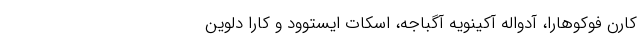
کارن فوکوهارا، آدواله آکینویه آگباجه، اسکات ایستوود و کارا دلوین